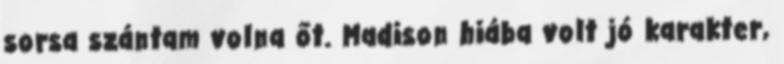
sorsa szántam volna őt. Madison hiába volt jó karakter,